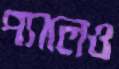
প্যালেও